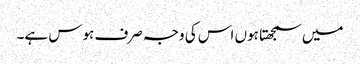
میں سمجھتا ہوں اس کی وجہ صرف ہوس ہے۔